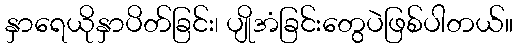
နှာရေယိုနှာပိတ်ခြင်း၊ ပျိုအံခြင်းတွေပဲဖြစ်ပါတယ်။